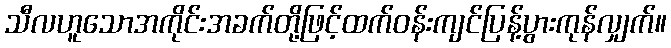
သီလဟူသောအကိုင်းအခက်တို့ဖြင့်ထက်ဝန်းကျင်ပြန့်ပွားကုန်လျှက်။